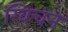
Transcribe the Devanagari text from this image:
खिचन